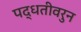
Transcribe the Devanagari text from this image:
पद्धतीवरुन